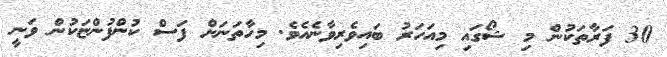
30 ފަރާތަކުން މި ޝޯގައި މިއަހަރު ބައިވެރިވާނެއެވެ. މިހާތަނަށް ފަސް ކުންފުންޏަކުން ވަނީ